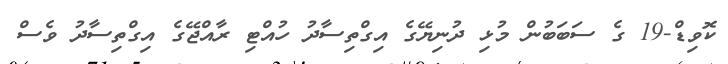
ކޮވިޑް-19 ގެ ސަބަބުން މުޅި ދުނިޔޭގެ އިގްތިސާދު ހުއްޓި ރާއްޖޭގެ އިގްތިސާދު ވެސް